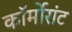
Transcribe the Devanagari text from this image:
कॉर्मोरांट